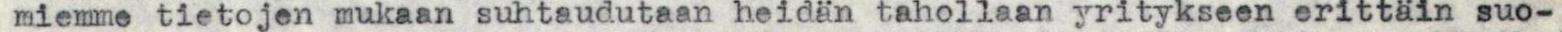
miemme tietojen mukaan suhtaudutaan heidän tahollaan yritykseen erittäin suo-